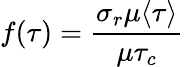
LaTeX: f(\tau)=\frac{\sigma_{r}{\mu\langle\tau\rangle}}{\mu\tau_{c}}